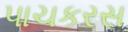
પાચકરસ